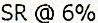
SR @ 6%